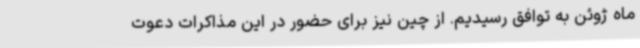
ماه ژوئن به توافق رسیدیم. از چین نیز برای حضور در این مذاکرات دعوت